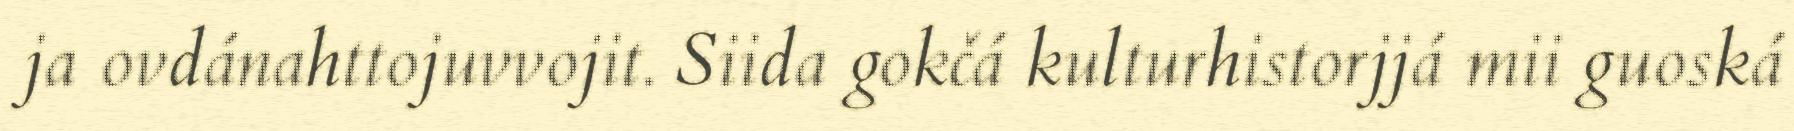
ja ovdánahttojuvvojit. Siida gokčá kulturhistorjjá mii guoská